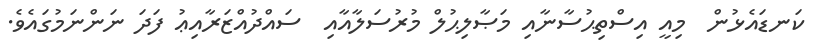
ކަނޑައެޅުން  މިއީ އިސްތިޙުސާނާއި މަޞާލިޙުލް މުރުސަލާއާއި  ސައްދުއްޒަރާއިޢު ފަދަ ނަންނަމުގައެވެ.